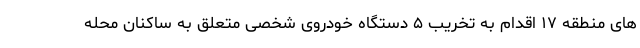
های منطقه ۱۷ اقدام به تخریب ۵ دستگاه خودروی شخصی متعلق به ساکنان محله